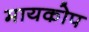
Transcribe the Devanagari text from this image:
मायकोप